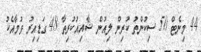
44 މިނެޓް 50 ސިކުންތު ކުރިން ލިއުން ޝާއިއުކުރިތާ 48 ގަޑިއިރު ވުމާއެކު